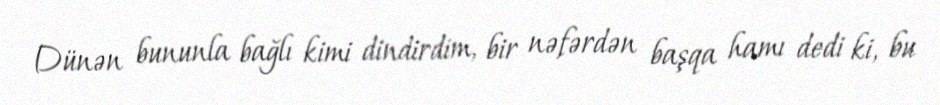
Dünən bununla bağlı kimi dindirdim, bir nəfərdən başqa hamı dedi ki, bu